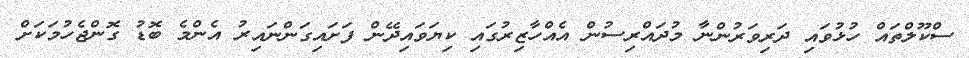
ސްކޫލްތައް ހުޅުވައި ދަރިވަރުންނާ މުދައްރިސުން އެއްހާޒިރުގައި ކިޔަވައިދޭން ފަށައިގަންނައިރު އެންމެ ބޮޑު ގޮންޖެހުމަކަށް